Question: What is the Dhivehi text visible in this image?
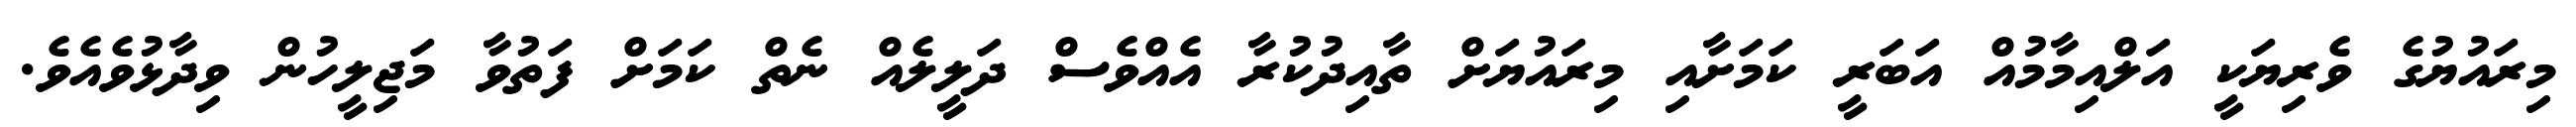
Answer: މިރައުޔުގެ ވެރިޔަކީ އަލްއިމާމުއް އަބަރީ ކަމަށާއި މިރައުޔަށް ތާއިދުކުރާ އެއްވެސް ދަލީލެއް ނެތް ކަމަށް ފަތުވާ މަޖިލީހުން ވިދާޅުވެއެވެ.